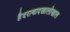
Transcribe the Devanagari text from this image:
हैदराबादखालोखाल